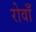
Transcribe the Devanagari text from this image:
रोवाँ